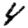
Digit: 4